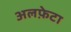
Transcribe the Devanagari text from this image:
अलफ़ेटा